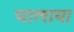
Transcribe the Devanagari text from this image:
चालाया